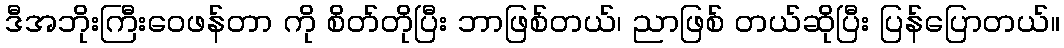
ဒီအဘိုးကြီးဝေဖန်တာ ကို စိတ်တိုပြီး ဘာဖြစ်တယ်၊ ညာဖြစ် တယ်ဆိုပြီး ပြန်ပြောတယ်။